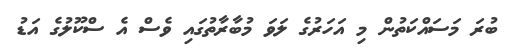
ބުރަ މަސައްކަތުން މި އަހަރުގެ ލަވަ މުބާރާތުގައި ވެސް އެ ސްކޫލުގެ އަޑު